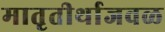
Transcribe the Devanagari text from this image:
मातृतीर्थाजवळ